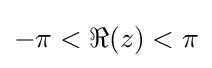
-\pi <\Re (z)<\pi